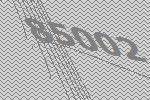
85002